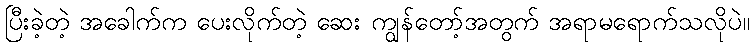
ပြီးခဲ့တဲ့ အခေါက်က ပေးလိုက်တဲ့ ဆေး ကျွန်တော့်အတွက် အရာမရောက်သလိုပဲ။